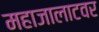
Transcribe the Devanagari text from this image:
महाजालाटवर